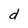
Character: d